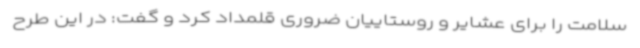
سلامت را برای عشایر و روستاییان ضروری قلمداد کرد و گفت: در این طرح